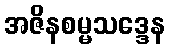
အဇိနစမ္မသဒ္ဒေန